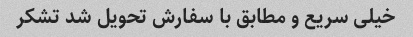
خیلی سریع و مطابق با سفارش تحویل شد تشکر